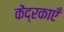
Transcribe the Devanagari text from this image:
केंद्रकाएँ